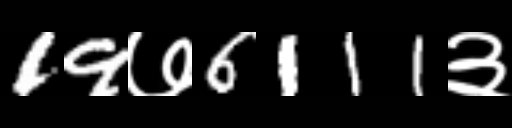
Text: 19७6111३